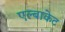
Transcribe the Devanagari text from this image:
एल्बाकेट